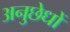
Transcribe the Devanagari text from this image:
अनुछेधों